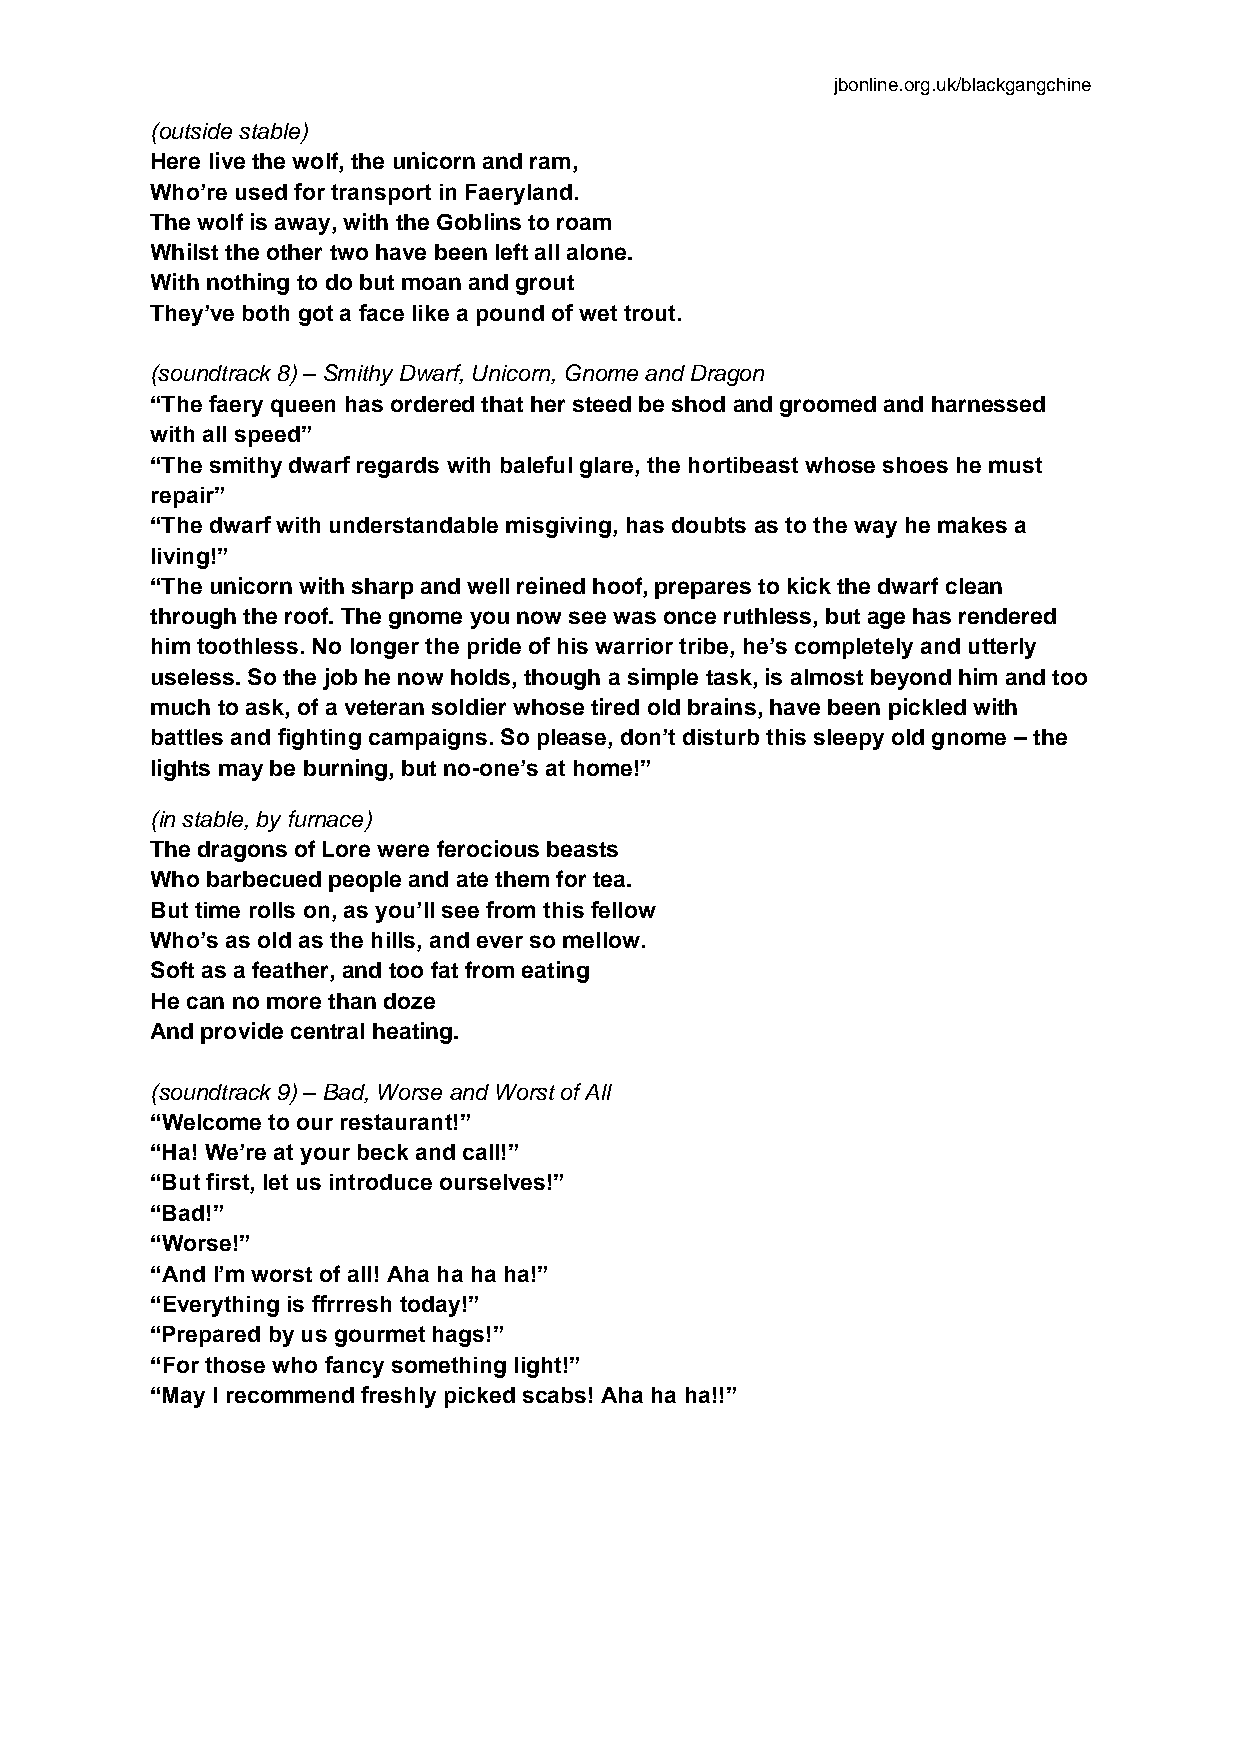
jbonline.org.uk/blackgangchine
 (outside stable)
 Here live the wolf, the unicorn and ram,
 Who’re used for transport in Faeryland.
 The wolf is away, with the Goblins to roam
 Whilst the other two have been left all alone.
 With nothing to do but moan and grout
 They’ve both got a face like a pound of wet trout.
 (soundtrack 8) – Smithy Dwarf, Unicorn, Gnome and Dragon
 “The faery queen has ordered that her steed be shod and groomed and harnessed
 with all speed”
 “The smithy dwarf regards with baleful glare, the hortibeast whose shoes he must
 repair”
 “The dwarf with understandable misgiving, has doubts as to the way he makes a
 living!”
 “The unicorn with sharp and well reined hoof, prepares to kick the dwarf clean
 through the roof. The gnome you now see was once ruthless, but age has rendered
 him toothless. No longer the pride of his warrior tribe, he’s completely and utterly
 useless. So the job he now holds, though a simple task, is almost beyond him and too
 much to ask, of a veteran soldier whose tired old brains, have been pickled with
 battles and fighting campaigns. So please, don’t disturb this sleepy old gnome – the
 lights may be burning, but no-one’s at home!”
 (in stable, by furnace)
 The dragons of Lore were ferocious beasts
 Who barbecued people and ate them for tea.
 But time rolls on, as you’ll see from this fellow
 Who’s as old as the hills, and ever so mellow.
 Soft as a feather, and too fat from eating
 He can no more than doze
 And provide central heating.
 (soundtrack 9) – Bad, Worse and Worst of All
 “Welcome to our restaurant!”
 “Ha! We’re at your beck and call!”
 “But first, let us introduce ourselves!”
 “Bad!”
 “Worse!”
 “And I’m worst of all! Aha ha ha ha!”
 “Everything is ffrrresh today!”
 “Prepared by us gourmet hags!”
 “For those who fancy something light!”
 “May I recommend freshly picked scabs! Aha ha ha!!”